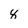
Character: 8